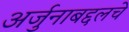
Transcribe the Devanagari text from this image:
अर्जुनाबद्दलचे